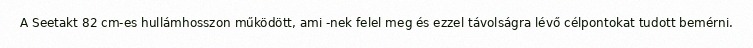
A Seetakt 82 cm-es hullámhosszon működött, ami -nek felel meg és ezzel távolságra lévő célpontokat tudott bemérni.